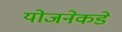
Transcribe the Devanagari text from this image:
योजनेकडे